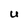
Character: U